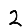
Digit: 2